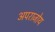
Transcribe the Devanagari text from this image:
अपराजोय